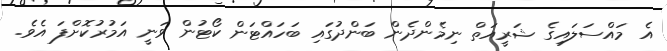
އެ މައްސަލައިގެ ޝަރީއަތް ނިމެންދެން ބަންދުގައި ބަހައްޓަން ކޯޓުން ވަނީ އަމުރުކޮށްފަ އެވެ.